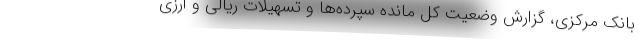
بانک مرکزی، گزارش وضعیت کل مانده سپرده‌ها و تسهیلات ریالی و ارزی